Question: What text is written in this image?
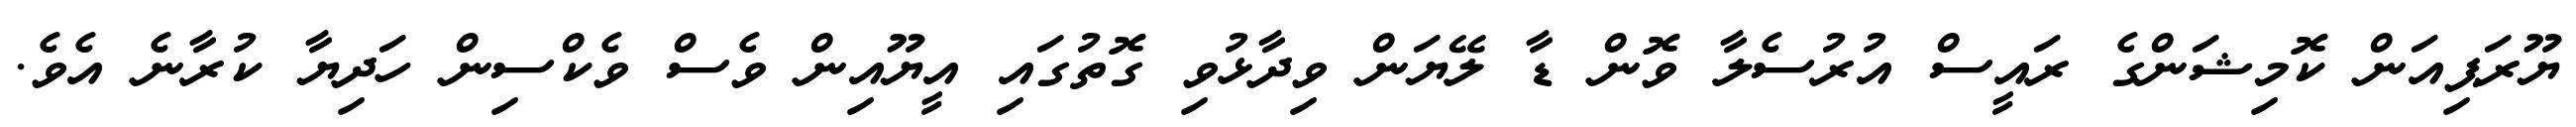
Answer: ޔޫރަޕިއަން ކޮމިޝަންގެ ރައީސް އުރުސެލާ ވޮން ޑާ ލޭޔަން ވިދާޅުވި ގޮތުގައި އީޔޫއިން ވެސް ވެކްސިން ހަދިޔާ ކުރާނެ އެވެ.